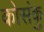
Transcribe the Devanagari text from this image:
कोसंकु